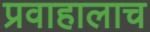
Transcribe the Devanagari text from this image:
प्रवाहालाच